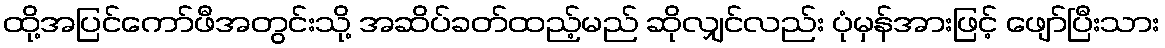
ထို့အပြင်ကော်ဖီအတွင်းသို့ အဆိပ်ခတ်ထည့်မည် ဆိုလျှင်လည်း ပုံမှန်အားဖြင့် ဖျော်ပြီးသား